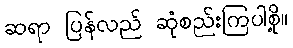
ဆရာ ပြန်လည် ဆုံစည်းကြပါစို့။